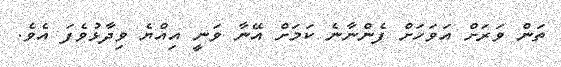
ތަން ވަރަށް އަވަހަށް ފެންނާނެ ކަމަށް އޭނާ ވަނީ އިއްޔެ ވިދާޅުވެފަ އެވެ.